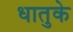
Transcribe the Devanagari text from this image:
धातुके